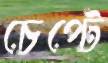
চেপ্টে